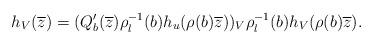
LaTeX: \begin{align*}h_V(\overline{z}) = (Q'_b(\overline{z}) \rho_l^{-1}(b) h_u(\rho(b)\overline{z}))_V \rho_l^{-1}(b) h_V(\rho(b)\overline{z}).\end{align*}